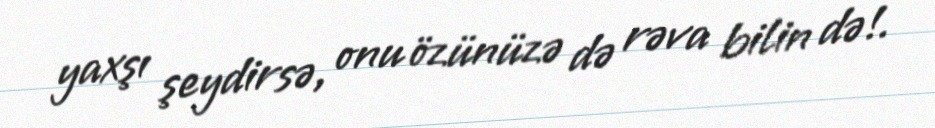
yaxşı şeydirsə, onu özünüzə də rəva bilin də!.